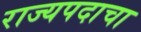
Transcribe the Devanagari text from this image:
राज्यपदाचा